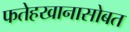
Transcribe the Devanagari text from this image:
फतेहखानासोबत